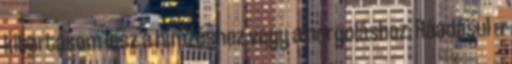
kitartásom lesz a hímzéshez vagy a horgoláshoz. Ráadásul a